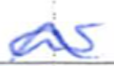
Text: as
Cross-out: wave
Writing tool: ballpoint